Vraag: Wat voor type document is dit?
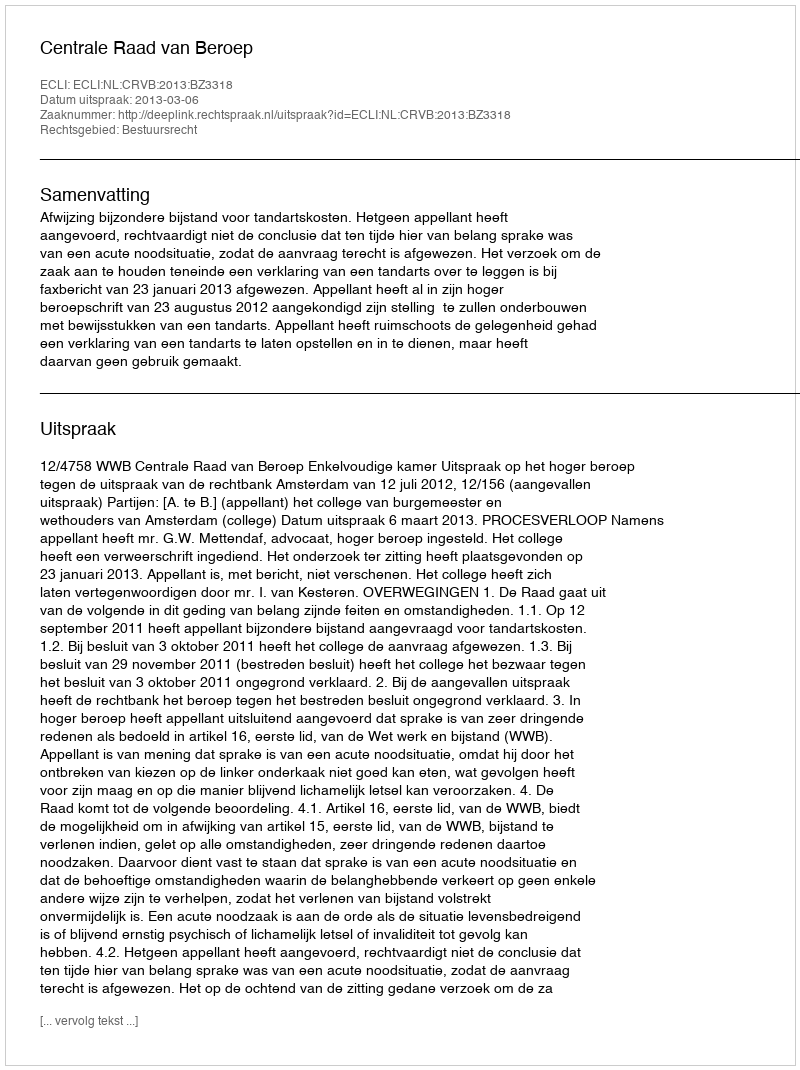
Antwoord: Uitspraak